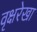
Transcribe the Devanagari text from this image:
वृक्षरेखा